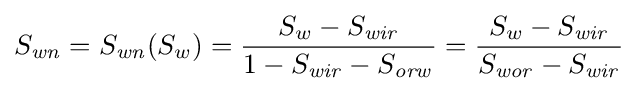
S_{\mathit {wn}}=S_{\mathit {wn}}(S_{w})={\frac {S_{w}-S_{\mathit {wir}}}{1-S_{\mathit {wir}}-S_{\mathit {orw}}}}={\frac {S_{w}-S_{\mathit {wir}}}{S_{\mathit {wor}}-S_{\mathit {wir}}}}